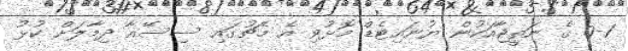
0-1 ގެ ނަތީޖާއަކުން ޔުނައިޓެޑް މޮޅުވި އެ މެޗުގައި ސިސޭއާ ދިމާލަށް ކުޅު